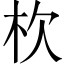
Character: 杴